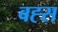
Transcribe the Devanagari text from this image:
बह्स